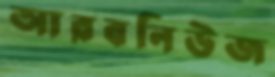
আরবনিউজ